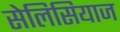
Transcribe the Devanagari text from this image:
सेलिसियाज